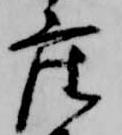
座